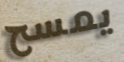
يمسح